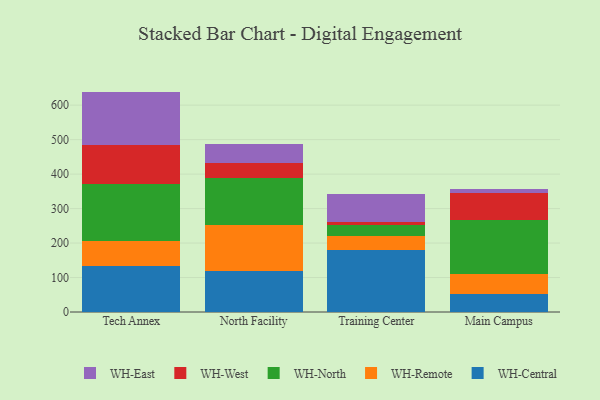
{"axis": {"x": "Campus", "y": "Conversion Rate (%)"}, "legend": ["WH-Central", "WH-East", "WH-North", "WH-Remote", "WH-West"], "data": [{"x": "Tech Annex", "y": 134.4, "type": "WH-Central"}, {"x": "Tech Annex", "y": 70.7, "type": "WH-Remote"}, {"x": "Tech Annex", "y": 166.3, "type": "WH-North"}, {"x": "Tech Annex", "y": 112.2, "type": "WH-West"}, {"x": "Tech Annex", "y": 155.7, "type": "WH-East"}, {"x": "North Facility", "y": 117.6, "type": "WH-Central"}, {"x": "North Facility", "y": 135.5, "type": "WH-Remote"}, {"x": "North Facility", "y": 134.8, "type": "WH-North"}, {"x": "North Facility", "y": 43.0, "type": "WH-West"}, {"x": "North Facility", "y": 55.7, "type": "WH-East"}, {"x": "Training Center", "y": 178.7, "type": "WH-Central"}, {"x": "Training Center", "y": 42.7, "type": "WH-Remote"}, {"x": "Training Center", "y": 32.3, "type": "WH-North"}, {"x": "Training Center", "y": 6.6, "type": "WH-West"}, {"x": "Training Center", "y": 83.1, "type": "WH-East"}, {"x": "Main Campus", "y": 53.5, "type": "WH-Central"}, {"x": "Main Campus", "y": 57.2, "type": "WH-Remote"}, {"x": "Main Campus", "y": 155.9, "type": "WH-North"}, {"x": "Main Campus", "y": 78.0, "type": "WH-West"}, {"x": "Main Campus", "y": 11.4, "type": "WH-East"}]}